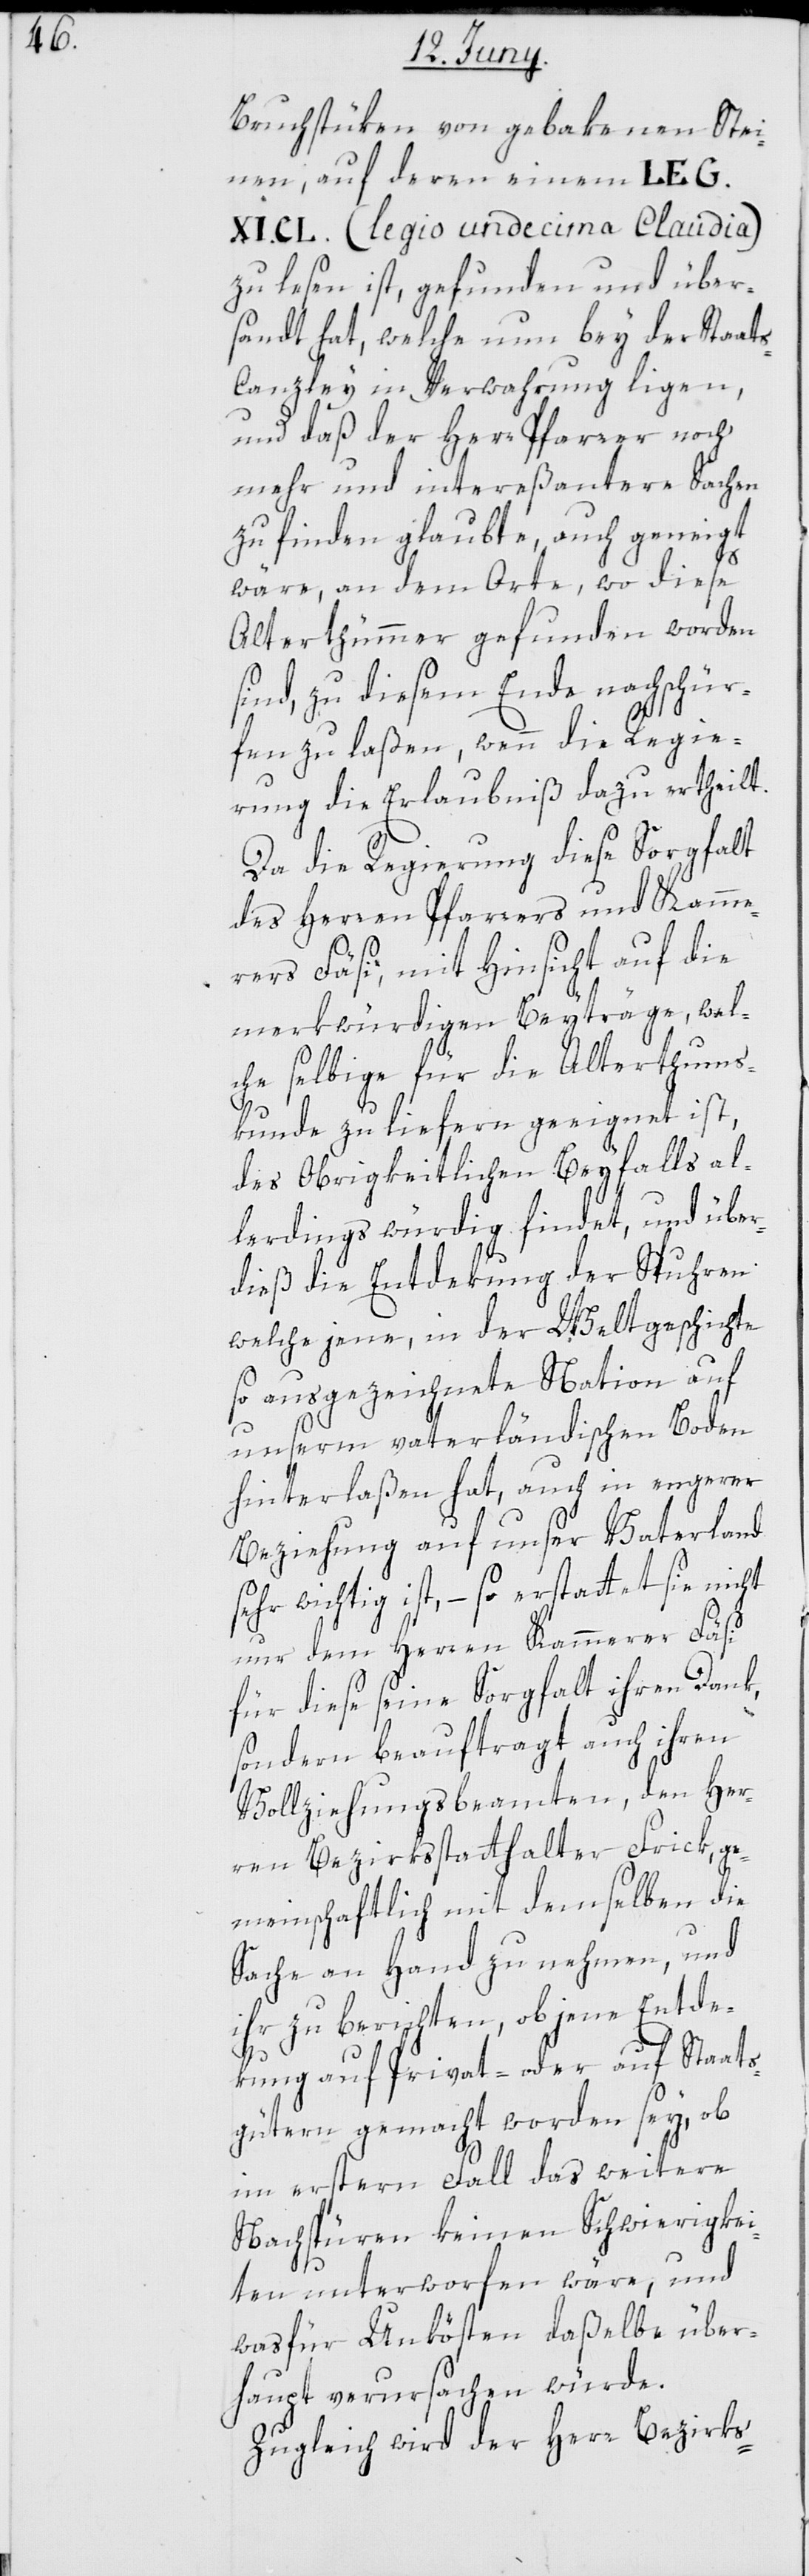
Bruchstüken von gebakenen Stei¬
nen, auf deren einem LEG.
CL. (legio undecima Claudia)
zu lesen ist, gefunden und über¬
sandt hat, welche nun bey der Staat¬
s-Canzley in Verwahrung ligen,
und daß der Herr Pfarrer noch
mehr und intereßantere Sachen
zu finden glaubte, auch geneigt
wäre, an dem Orte, wo diese
Alterthümmer gefunden worden
sind, zu diesem Ende nachschür¬
fen zu laßen, wenn die Regie¬
rung die Erlaubniß dazu ertheilt.
Da die Regierung diese Sorgfalt
des Herren Pfarrers und Kamme¬
rers Fäsi, mit Hinsicht auf die
merkwürdigen Beyträge, wel¬
che selbige für die Alterthums¬
kunde zu liefern geeignet ist,
des Obrigkeitlichen Beyfalls al¬
lerdings würdig findet, und über¬
dieß die Entdekung der Spuhren
welche jene, in der Weltgeschichte
so ausgezeichnete Nation auf
unserem vaterländischen Boden
hinterlaßen hat, auch in engerer
Beziehung auf unser Vaterland
sehr wichtig ist, – so erstattet sie nicht
nur dem Herren Kammerer Fäsi
für diese seine Sorgfalt ihren Dank,
sondern beauftragt auch ihren
Vollziehungsbeamten, den Her¬
ren Bezirksstatthalter Frick, ge¬
meinschaftlich mit demselben die
Sache an Hand zu nehmen, und
ihr zu berichten, ob jene Entde¬
kung auf Privat- oder Staats¬
gütern gemacht worden sey, ob
im erstern Fall das weitere
Nachspüren keinen Schwierigkei¬
ten unterworfen wäre, und
was für Unkösten daßelbe über¬
haupt verursachen würde.
Zugleich wird der Herr Bezirks-